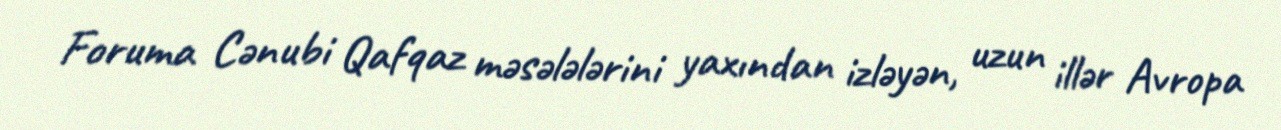
Foruma Cənubi Qafqaz məsələlərini yaxından izləyən, uzun illər Avropa